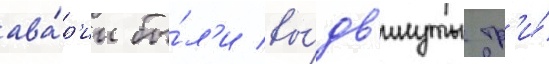
ава́р'ии бы́л'и вы́дв'инуты тр'и́